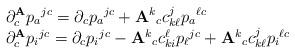
LaTeX: \begin{align*} \begin{array}{l} \partial^{\mathbf{A}}_c p{_a}^{jc} = \partial_cp{_a}^{jc} + \mathbf{A}{^k}_c c^j_{k\ell}p{_a}^{\ell c} \\\partial^{\mathbf{A}}_cp{_i}^{jc} = \partial_c p{_i}^{jc} - \mathbf{A}{^k}_c c^\ell_{ki}p{_\ell}^{jc} + \mathbf{A}{^k}_c c^j_{k\ell} p{_i}^{\ell c} \end{array}\end{align*}